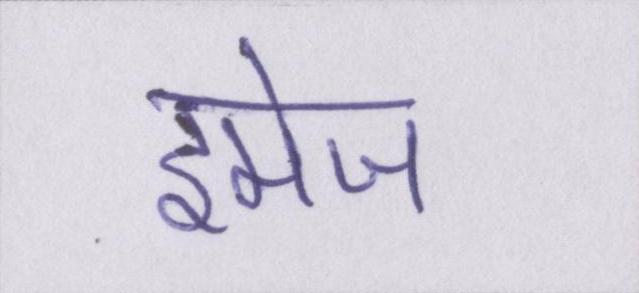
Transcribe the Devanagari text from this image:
इमेज